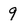
Character: 9